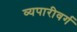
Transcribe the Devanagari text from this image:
व्यपारीवर्ग